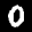
Label: 0